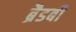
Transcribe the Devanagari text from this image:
ब्रैडबी